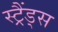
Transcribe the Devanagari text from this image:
स्ट्रैंड्स